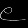
Digit: ၉